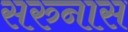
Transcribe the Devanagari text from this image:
सरुनास